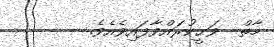
މާތް  ވަޙީކުރައްވާފައިވެއެވެ.